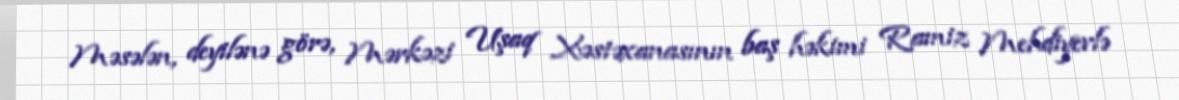
Məsələn, deyilənə görə, Mərkəzi Uşaq Xəstəxanasının baş həkimi Ramiz Mehdiyevlə